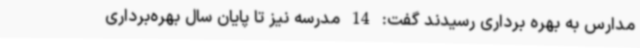
مدارس به بهره برداری رسیدند گفت: 14 مدرسه نیز تا پایان سال بهره‌برداری